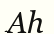
Аһ